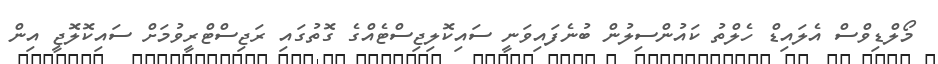
މޯލްޑިވްސް އެެލައިޑް ހެލްތު ކައުންސިލުން ބުނެފައިވަނީ ސައިކޮލިޖިސްޓެއްގެ ގޮތުގައި ރަޖިސްޓްރީވުމަށް ސައިކޮލޮޖީ އިން